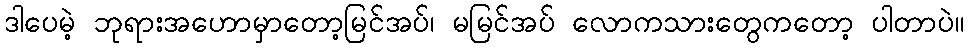
ဒါပေမဲ့ ဘုရားအဟောမှာတော့မြင်အပ်၊ မမြင်အပ် လောကသားတွေကတော့ ပါတာပဲ။